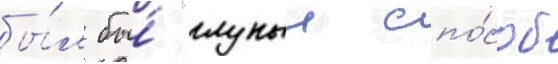
бы́л бы́ "глупыи спо́соб